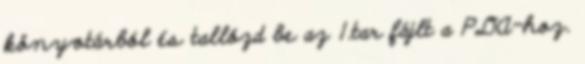
könyvtárból és tallózd be az 1.tar fájlt a PDA-hoz.